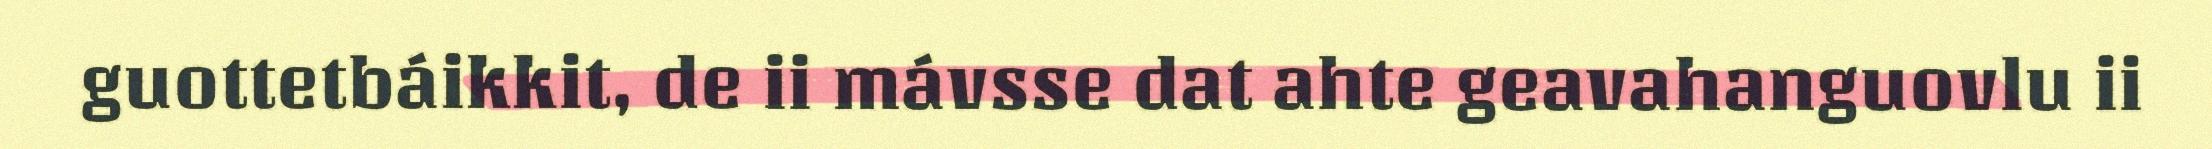
guottetbáikkit, de ii mávsse dat ahte geavahanguovlu ii